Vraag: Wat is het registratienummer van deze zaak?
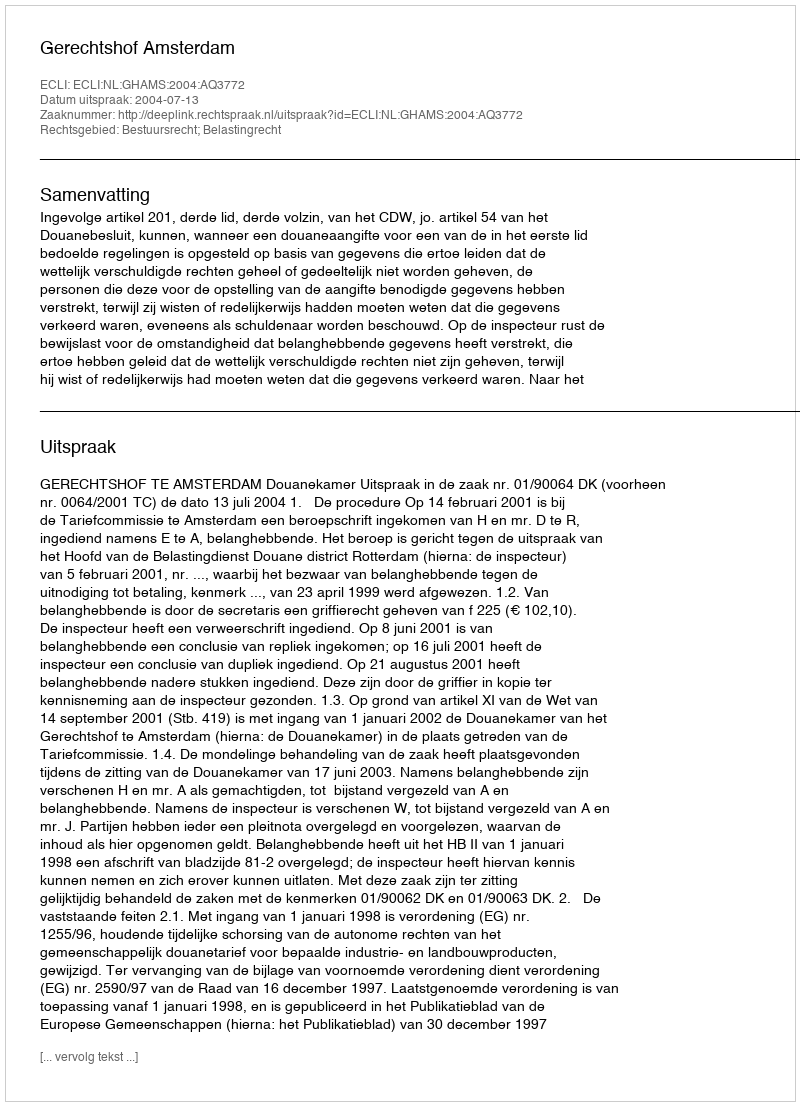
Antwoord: http://deeplink.rechtspraak.nl/uitspraak?id=ECLI:NL:GHAMS:2004:AQ3772